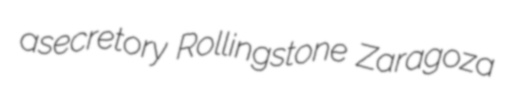
asecretory Rollingstone Zaragoza